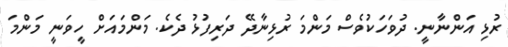
ރުޅި އަންނާނީ. ދުވަހަކުވެސް މަންމަ ރުޅިނާދޭ ދަރިފުޅު ދެކެ. މަންމައަށް ހީވަނީ މަންމަ